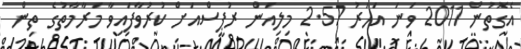
އެގޮތުން 2011 ވަނަ އަހަރު 2.57 މިލިއަން ރުޕީސްއަށް ކުރުވާފައިވާ މަރާމާތުގެ ތިން